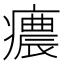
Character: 癑